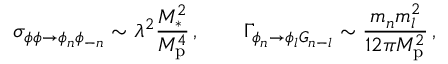
\sigma _ { \phi \phi \rightarrow \phi _ { n } \phi _ { - n } } \sim \lambda ^ { 2 } \frac { M _ { \ast } ^ { 2 } } { M _ { \mathrm { p } } ^ { 4 } } \, , \quad \quad \Gamma _ { \phi _ { n } \rightarrow \phi _ { l } G _ { n - l } } \sim \frac { m _ { n } m _ { l } ^ { 2 } } { 1 2 \pi M _ { \mathrm { p } } ^ { 2 } } \, ,